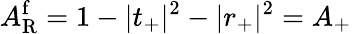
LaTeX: A_{\mathrm{R}}^{\mathrm{f}}=1-|t_{+}|^{2}-|r_{+}|^{2}=A_{+}